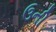
ઉની